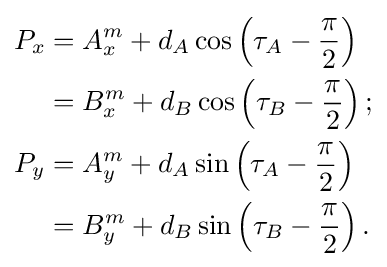
{\begin{aligned}P_{x}&=A_{x}^{m}+d_{A}\cos \left(\tau _{A}-{\frac {\pi }{2}}\right)\\&=B_{x}^{m}+d_{B}\cos \left(\tau _{B}-{\frac {\pi }{2}}\right);\\P_{y}&=A_{y}^{m}+d_{A}\sin \left(\tau _{A}-{\frac {\pi }{2}}\right)\\&=B_{y}^{m}+d_{B}\sin \left(\tau _{B}-{\frac {\pi }{2}}\right).\end{aligned}}